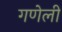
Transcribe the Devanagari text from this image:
गणेली